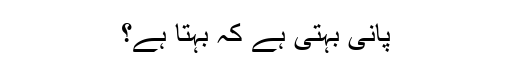
پانی بہتی ہے کہ بہتا ہے؟